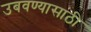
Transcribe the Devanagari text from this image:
उबवण्यासाठी